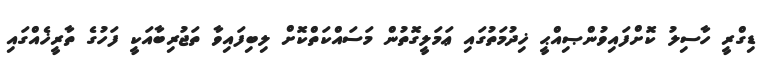
ޑިގްރީ ހާސިލު ކޮށްފައިވުންޞިއްޙީ ޚިދުމަތުގައި ޢަމަލީގޮތުން މަސައްކަތްކޮށް ލިބިފައިވާ ތަޖުރިބާއަކީ ފަހުގެ ތާރީޚެއްގައި